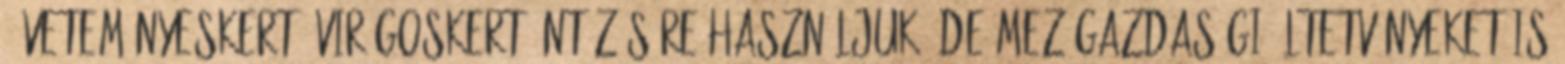
, veteményeskert, virágoskert öntözésére használjuk, de mezőgazdasági ültetvényeket is